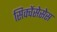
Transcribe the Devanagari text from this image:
सिक्वेंसेसेस